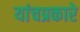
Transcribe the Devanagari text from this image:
यांचप्रकारे